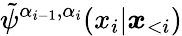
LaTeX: \tilde{\psi}^{\alpha_{i-1},\alpha_{i}}(x_{i}|\boldsymbol x_{<i})